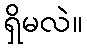
ရှိမလဲ။